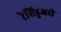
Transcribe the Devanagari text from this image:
रेसिडुअरी